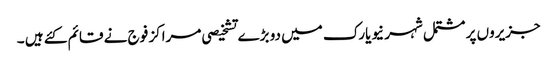
جزیروں پر مشتمل شہر نیویارک میں دو بڑے تشخیصی مراکز فوج نے قائم کئے ہیں ۔